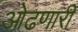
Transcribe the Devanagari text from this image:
ओढणारी